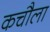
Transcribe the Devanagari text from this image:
कचौला